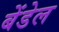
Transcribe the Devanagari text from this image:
बेंडेल